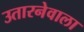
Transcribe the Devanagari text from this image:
उतारनेवाला